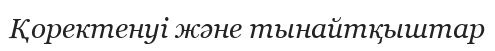
Қоректенуі және тынайтқыштар